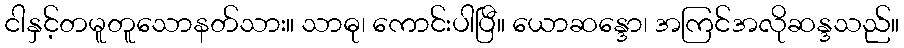
ငါနှင့်တမူတူသောနတ်သား။ သာဓု၊ ကောင်းပါပြီ။ ယောဆန္ဒော၊ အကြင်အလိုဆန္ဒသည်။